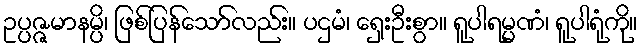
ဥပ္ပဇ္ဇမာနမ္ပိ၊ ဖြစ်ပြန်သော်လည်း။ ပဌမံ၊ ရှေးဦးစွာ။ ရူပါရမ္မဏံ၊ ရူပါရုံကို။